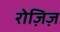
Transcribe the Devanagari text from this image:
रोज़िज़